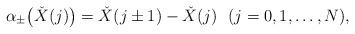
LaTeX: \begin{align*} \alpha_{\pm}\bigl(\check{X}(j)\bigr) =\check{X}(j\pm 1)-\check{X}(j) \ \ (j=0,1,\ldots,N), \end{align*}